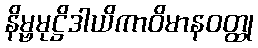
နိမ္ဗမုဋ္ဌိဒါယိကာဝိမာနဝတ္ထု